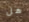
هل